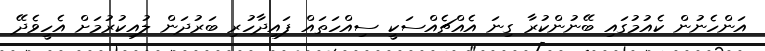
އަންހެނުން ކެއުމުގައި ބޭނުންކުރާ ގިނަ އެއްޗެއްސަކީ ސިއްހަތައް ފައިދާހުރި ބަރުދަން ލުއިކުރުމަށް އެހީވެދޭ